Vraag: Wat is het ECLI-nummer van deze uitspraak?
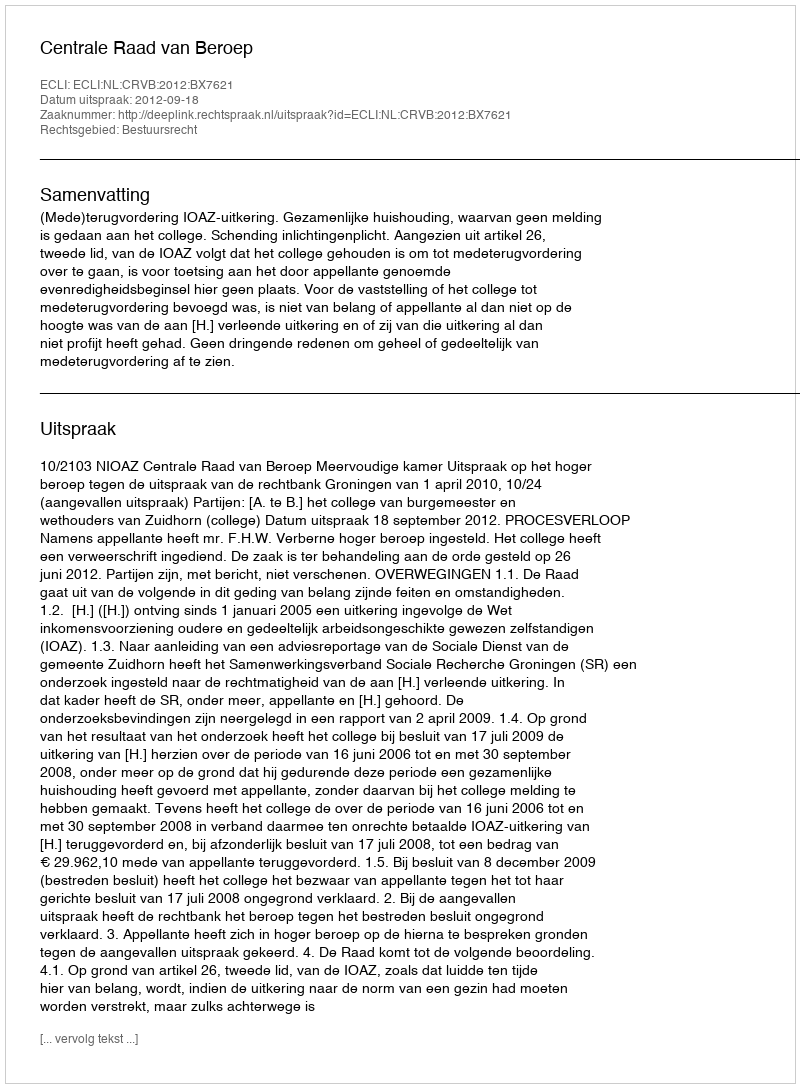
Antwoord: ECLI:NL:CRVB:2012:BX7621